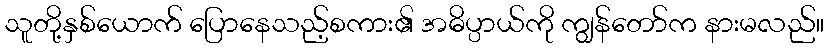
သူတို့နှစ်ယောက် ပြောနေသည့်စကား၏ အဓိပ္ပာယ်ကို ကျွန်တော်က နားမလည်။